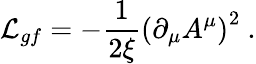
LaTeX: {\cal L}_{gf}=-\frac{1}{2\xi}\left(\partial_{\mu}A^{\mu}\right)^{2}\ .